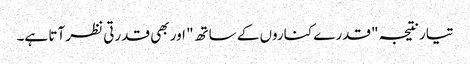
تیار نتیجہ "قدرے کناروں کے ساتھ" اور بھی قدرتی نظر آتا ہے۔